Lunatic asylums Madras 1892-1911 - 1892-1911
Year: 1892
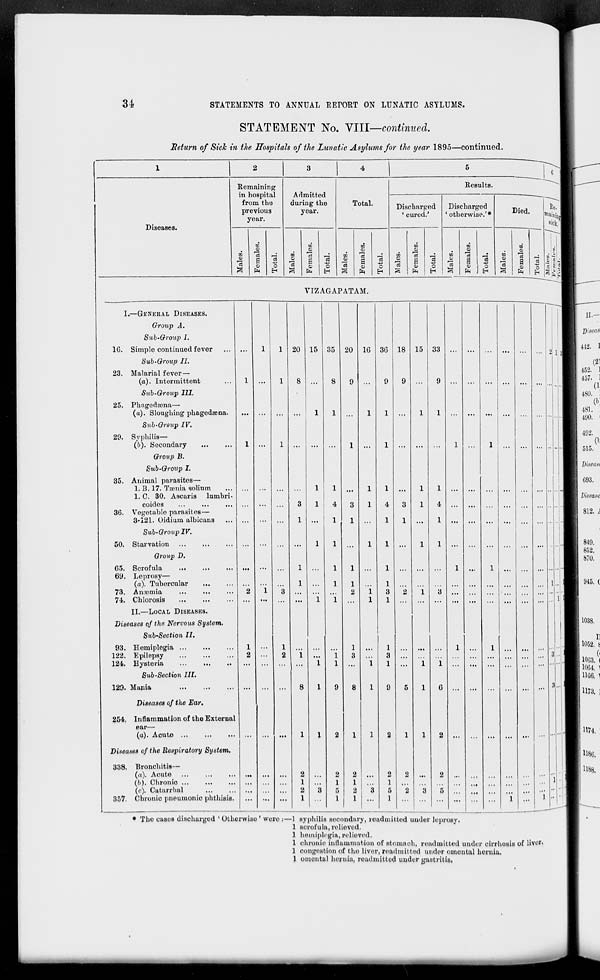
34
STATEMENTS TO ANNUAL EETOET ON LUNATIC ASYLUMS.
STATEMENT No. VIII—continued.
Return of Sick in the Hospitals of the Lunatic Asylums for the year 1895—continued.
1
2
3
4
1
5
fie
Wain
sic
III nnn fijirt
^_>
Remaining
in hospital
from the
previous
year.
Admitted
during the
year.
Results.
Total.
Discharged
' cured.'
Discharged
otherwise.'*
Died.
1
I MSCaSt'S.
03
'd
8
rr.
03
d
6
01
d
S3
O
n
3
03
0)
d
a o
d
O
00
01
1i
03
O
a -M o
E-1
03
S
13
03
G
1—1
d
g
Ol
IS 43
O
H
to
01
13
3
73
0)
Is
a •i 03
01
15
03
O
«
a
■ 1
? Iff
3 MM
VIZAGAPATAM.
I.—GENERAL DISEASES.
if 1
Group A.
Sub-Group I.
16. Simple continued fever
...
1
1 20 15 35 20 10 36 18 15 33 ...
...
...
... 2
Sub-Groiq) II.
I
23. Malarial fever —
(a). Intermittent
1
1
8
8
9
9
9 ...
9 ...
...
Sub-Group 111.
25. Phagedsena—
(a). Sloughing phagedsena.
• ••
1
1
1
1
1
1
...
...
I
Sub-Group IV.
29. Syphilis—
(6). Secondary
1
1
...
1
...
1
1
1
Group B.
Sub-Group I.
35. Animal parasites—
1. B. 17. Tsjnia solium
1. C. 30. Ascaris lumbri-
coides
36. Vegetable parasites—
3-121. Oidium albicans
...
...
...
3
1
1
1
1
4
1
3
1
1
1
1
4
1
3
1
1
1
1
4
1
...
...
...
...
...
1
s
Sub-Group IV.
B
50. Starvation
...
...
...
1
1 ...
1
1 ...
1
1 ...
...
...
...
1
Group D.
65. Scrofula
69. Leprosy—
(a). Tubercular
73. Antenna
74. Chlorosis
2
i 3
1
1
i
1
1
i
1
1
2
i
l
1
1
3
1
"2
1
3
1
...
1
...
... ... 1
1 1
II.—LOCAL DISEASES.
Diseases of the Nervous System.
1
Sub-Section II.
1 I
93. Hemiplogia
122. Epilepsy
124. Hysteria
1
2
.:.
1
2
i "i
i
l
1
3
i
1
3
1
...
i i
1
...
1 ...
...
... 3
^B
Sub-Section HI.
129. Mania
...
...
...
8
l
9
8
l
9
5
1
6 ...
...
...
...
I ... jfl
Diseases of the Ear.
254. Inflammation of the External
ear—
(u). Acute ...
...
...
...
1
I
2
1
l
2
1
1
2 ...
...
...
... ... •• . . . ■
Diseases of the Respiratory System.
1
338. Bronchitis—
(a). Acute
(/>). Chronic
(c). Caturrhal
357. Chronic pneumonic phthisis.
...
2
1
2
1
3
2
1
5
1
2
1
2
1
3
2
1
5
1
2
"a 3
2
5
...
...
...
-i
"i ••
. ..• ■
1 ■
If
• Tho cases discharged ' Otherwise ' were :- -1 syphilis secondary, readmitted under leprosy.
1 scrofula, relieved.
1 hemiphgia, relieved.
1 chronic inflammation of stomach, readmitted under cirrhosis of
1 congestion of tho liver, readmitted under omontul hernia.
1 omontul hernia, readmitted under gastritis,
492.
849.
852.
670.
1038.
liver.